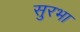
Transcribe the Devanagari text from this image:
सुरभा